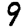
Digit: 9